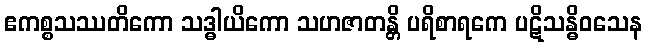
ဧကစ္စသဿတိကော သဒ္ဓါယိကော သဟဇာတန္တိ ပရိစာရကေ ပဋိသန္ဓိဝသေန